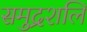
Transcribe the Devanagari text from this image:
समुद्रशलि